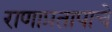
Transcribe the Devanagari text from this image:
राणाप्रतापाचे